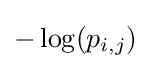
-\log(p_{i,j})